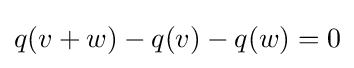
q(v+w)-q(v)-q(w)=0